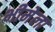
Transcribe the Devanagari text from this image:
भीमेला